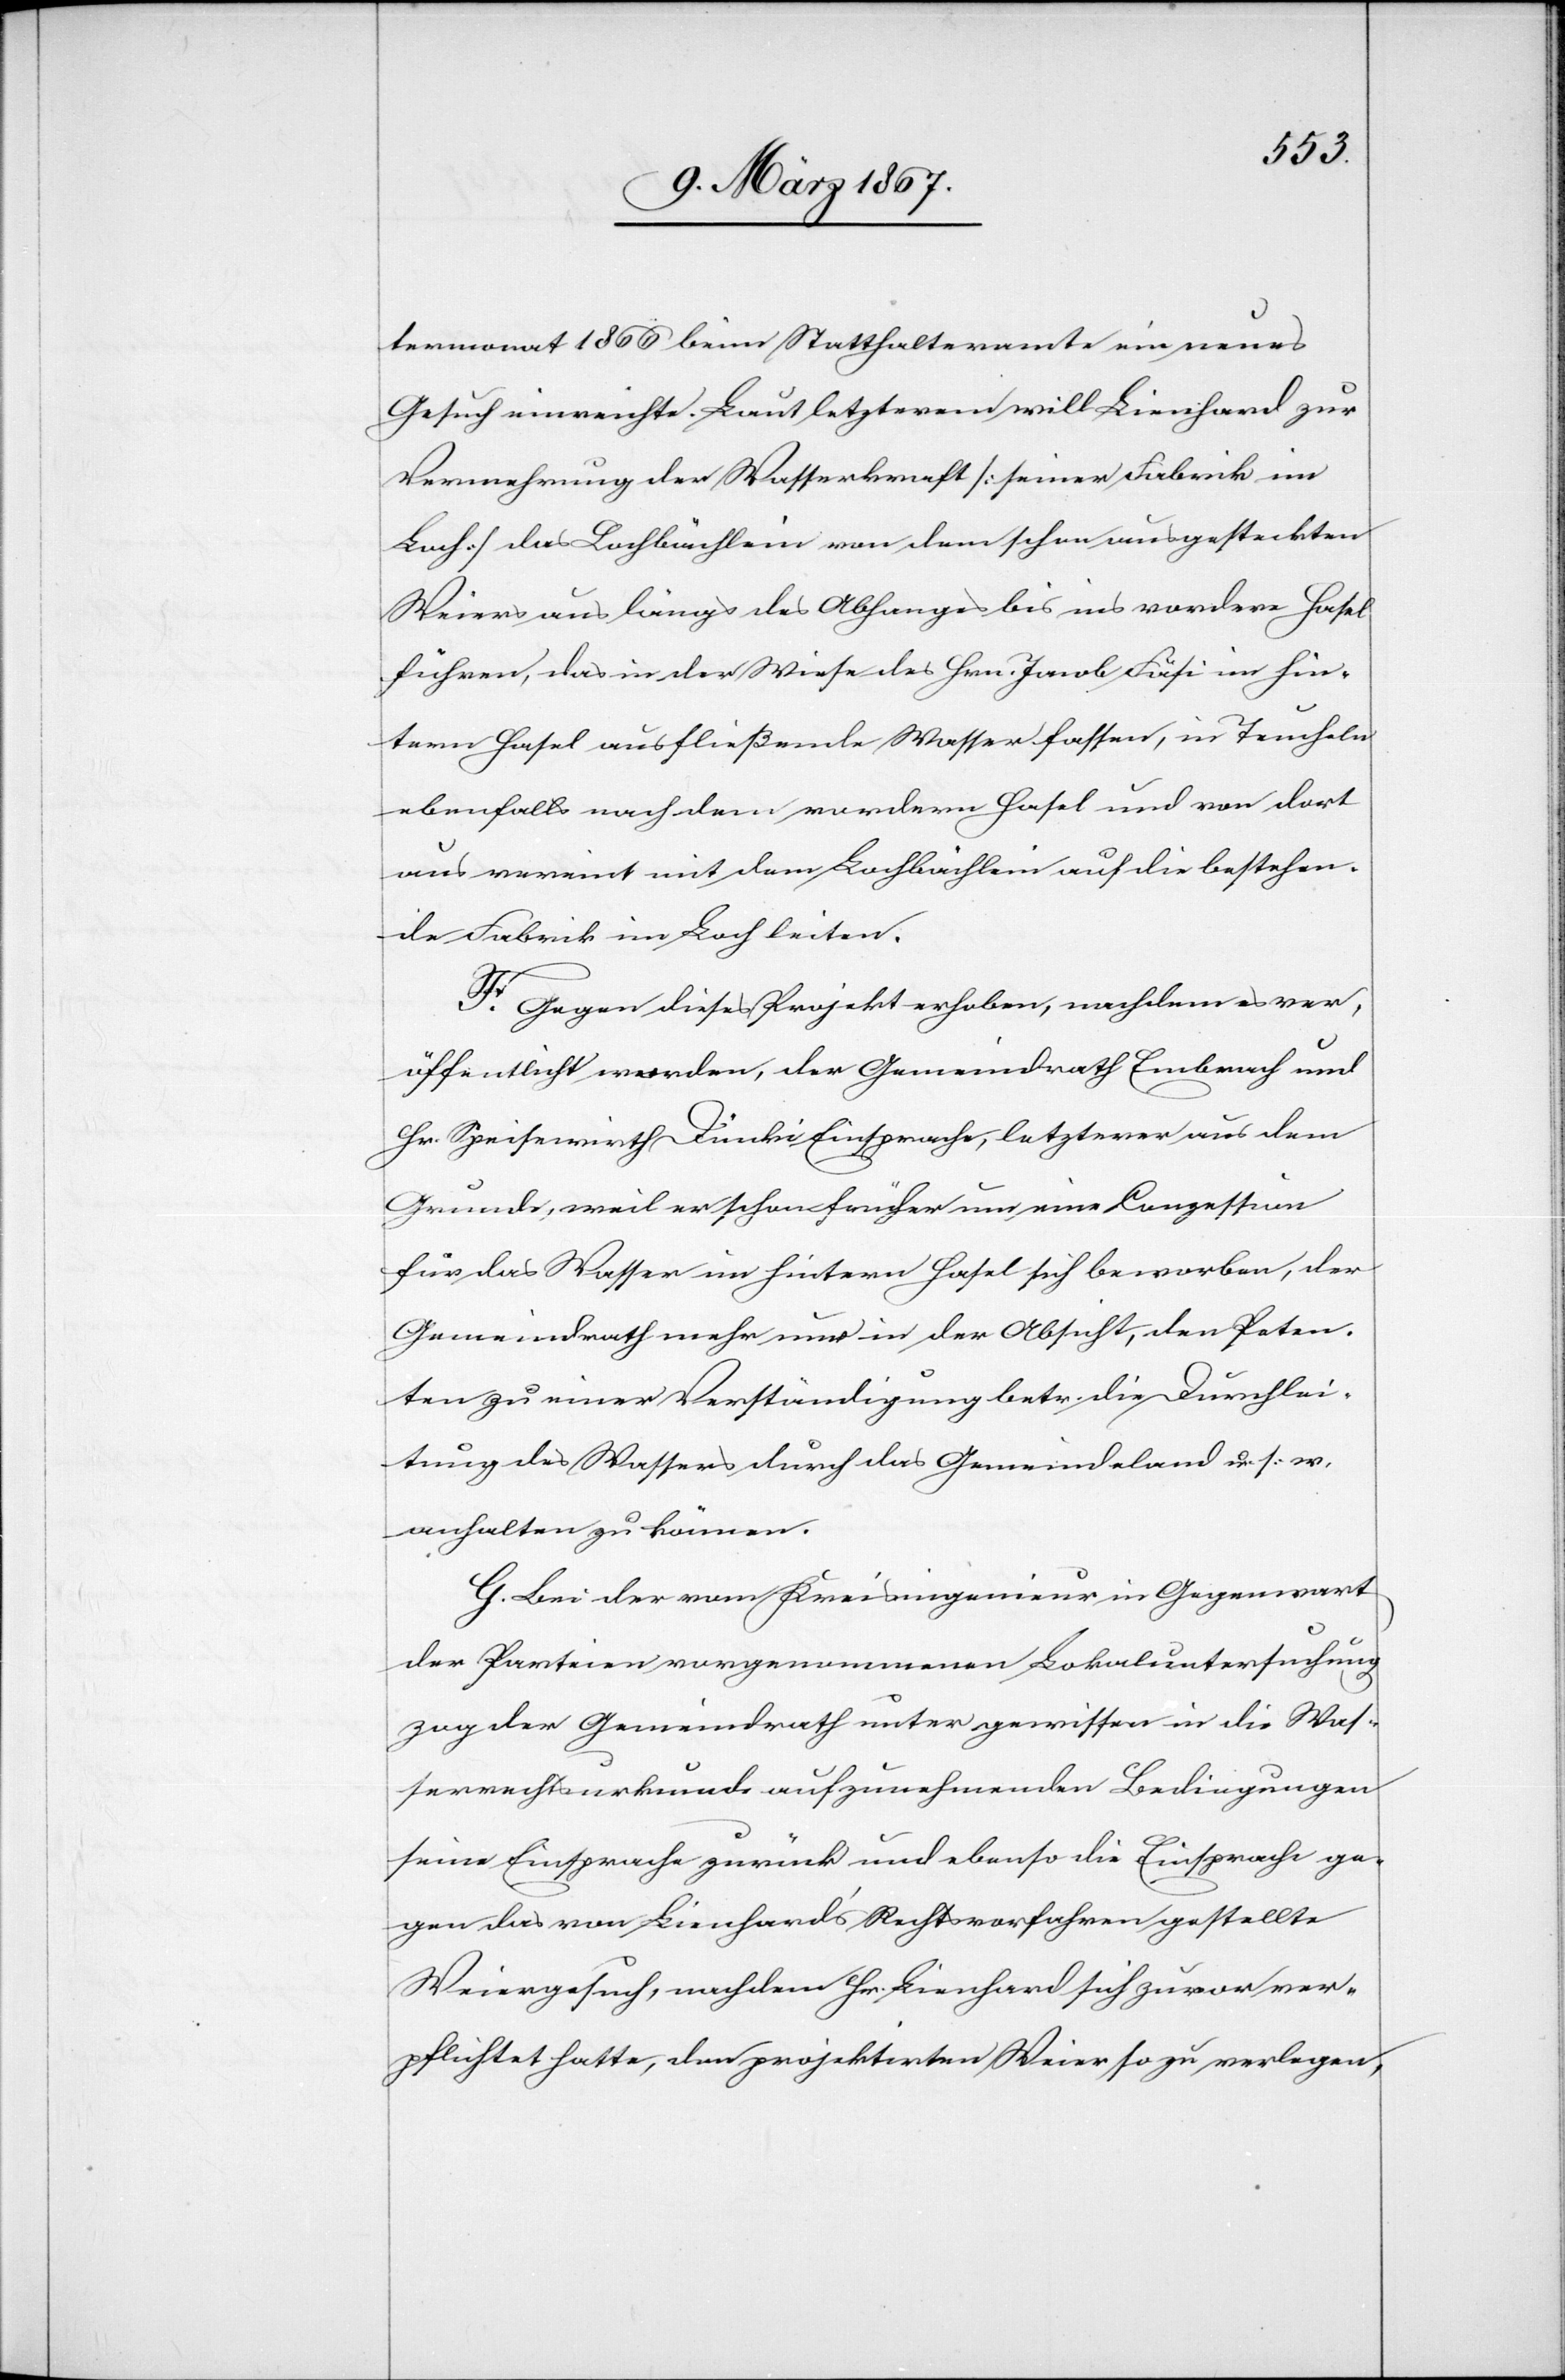
termonat 1866 beim Statthalteramte ein neues
Gesuch einreichte. Laut letzterem will Lienhard zur
Vermehrung der Wasserkraft [seiner Fabrik im
Bach] das Lochbächlein von dem schon ausgesteckten
Weiers aus längs des Abhanges bis ins vordere Hasel
führen, das in der Wiese des Hrn. Jacob Fäsi im hin¬
tern Hasel ausfließende Wasser fassen, in Teucheln
ebenfalls nach dem vordern Hasel und von dort
aus vereint mit dem Lochbächlein auf die bestehen¬
de Fabrik im Loch leiten.
F. Gegen dieses Projekt erhoben, nachdem es ver¬
öffentlicht worden, der Gemeindrath Embrach und
Hr. Speisewirth Dünki Einsprache, letzterer aus dem
Grunde, weil er schon früher um eine Conzession
für das Wasser im hintern Hasel sich beworben, der
Gemeindrath mehr nur in der Absicht, den Peten¬
ten zu einer Verständigung betr. die Durchlei¬
tung des Wassers durch das Gemeindeland u. s. w.
anhalten zu können.
G. Bei der vom Kreisingenieur in Gegenwart
der Parteien vorgenommenen Lokaluntersuchung
zog der Gemeindrath unter gewissen in die Was¬
serrechtsurkunde aufzunehmenden Bedingungen
seine Einsprache zurück und ebenso die Einsprache ge¬
gen das von Lienhard’s Rechtsvorfahren gestellte
Weiergesuch, nachdem Hr. Lienhard sich zuvor ver¬
pflichtet hatte, den projektirten Weier so zu verlegen,